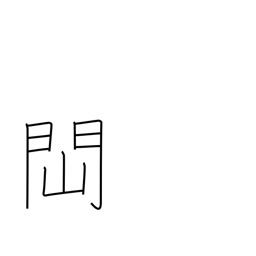
Meaning: to be obstructed